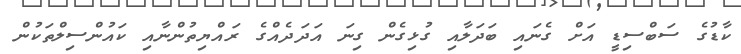
ކާޑުގެ ސަބްސިޑީ އަށް ގެނައި ބަދަލާއި ގުޅިގެން ގިނަ އަދަދެއްގެ ރައްޔިތުންނާއި ކައުންސިލްތަކުން